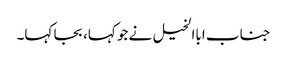
جناب اباالخیل نے جو کہا، بجا کہا۔